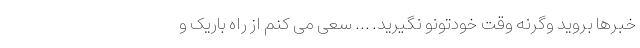
خبرها بروید وگرنه وقت خودتونو نگیرید. … سعی می کنم از راه باریک و